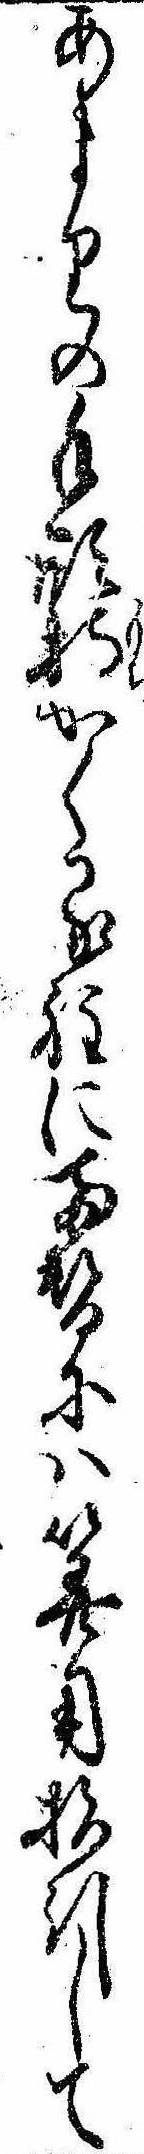
あまりの手形持かくる程に両替には算用指引して